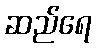
ဆည်ရေ